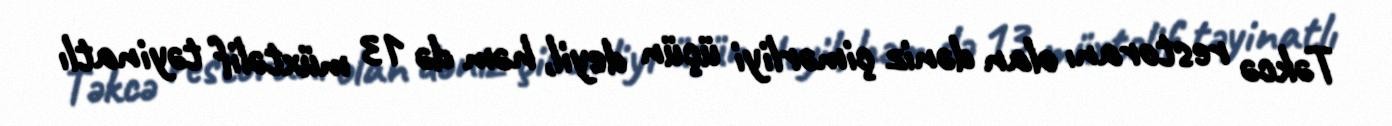
Təkcə restoranı olan dəniz çimərliyi üçün deyil, həm də 13 müxtəlif təyinatlı